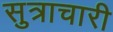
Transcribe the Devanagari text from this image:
सुत्राचारी